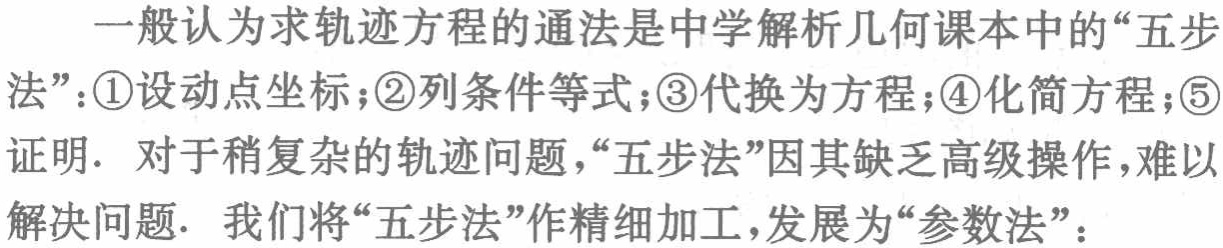
一般认为求轨迹方程的通法是中学解析几何课本中的“五步法”：\textcircled{1}设动点坐标；\textcircled{2}列条件等式；\textcircled{3}代换为方程；\textcircled{4}化简方程；\textcircled{5}证明. 对于稍复杂的轨迹问题，“五步法”因其缺乏高级操作，难以解决问题. 我们将“五步法”作精细加工，发展为“参数法”：